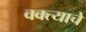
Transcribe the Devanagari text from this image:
वक्त्याचे